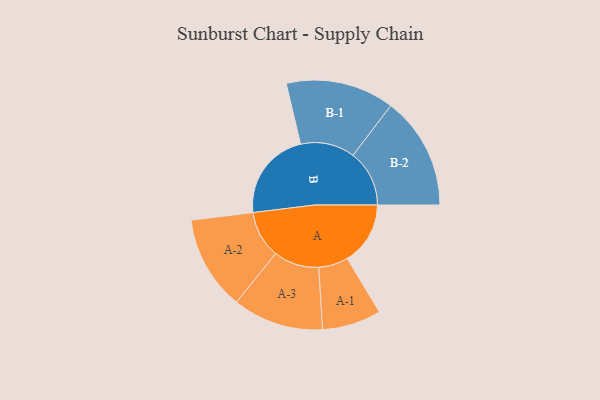
{"axis": {"x": "Segment", "y": "Value"}, "legend": ["", "A", "B"], "data": [{"x": "A", "y": 329, "type": ""}, {"x": "B", "y": 467, "type": ""}, {"x": "A-1", "y": 154, "type": "A"}, {"x": "A-2", "y": 246, "type": "A"}, {"x": "A-3", "y": 237, "type": "A"}, {"x": "B-1", "y": 283, "type": "B"}, {"x": "B-2", "y": 294, "type": "B"}]}